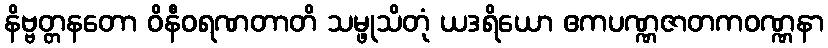
နိဗ္ဗတ္တနတော ဝိနီဝရဏတာတိ သမ္ဖုသိတုံ ယဒရိယော ဧကပဏ္ဏဇာတကဝဏ္ဏနာ